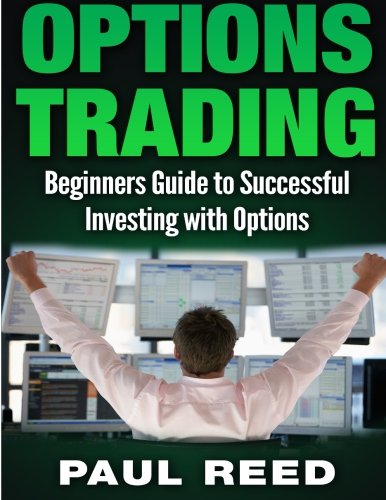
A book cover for Options Trading: Beginners Guide to Successful Investing with Options; Paul Reed; Business & Money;